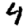
Digit: 4